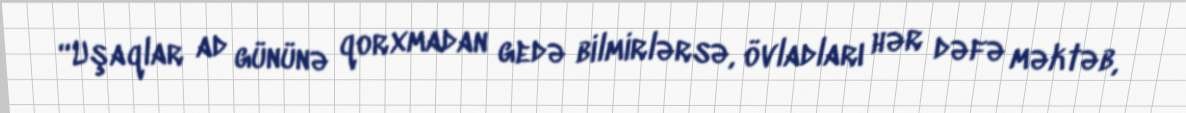
“Uşaqlar ad gününə qorxmadan gedə bilmirlərsə, övladları hər dəfə məktəb,